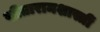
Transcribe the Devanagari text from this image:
सीतारामशास्त्रीं